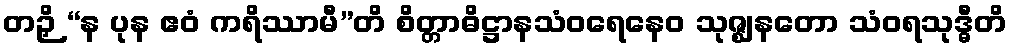
တဉှိ “န ပုန ဧဝံ ကရိဿာမီ”တိ စိတ္တာဓိဋ္ဌာနသံဝရေနေဝ သုဇ္ဈနတော သံဝရသုဒ္ဓီတိ